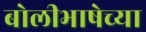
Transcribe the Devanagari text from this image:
बोलीभाषेच्या